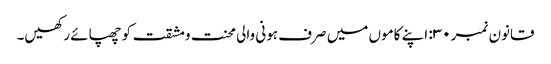
قانون نمبر ۳۰: اپنے کاموں میں صرف ہونی والی محنت ومشقت کو چھپائے رکھیں۔